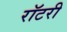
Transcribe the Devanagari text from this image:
रॉटरी